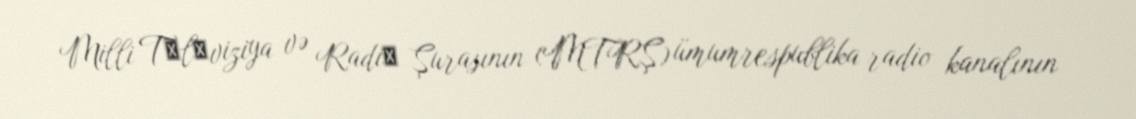
Milli Tеlеviziya və Radiо Şurasının (MTRŞ) ümumrespublika radio kanalının